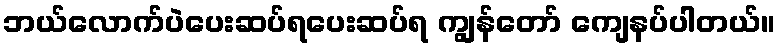
ဘယ်လောက်ပဲပေးဆပ်ရပေးဆပ်ရ ကျွန်တော် ကျေနပ်ပါတယ်။